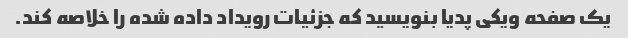
یک صفحه ویکی پدیا بنویسید که جزئیات رویداد داده شده را خلاصه کند.